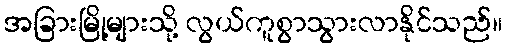
အခြားမြို့များသို့ လွယ်ကူစွာသွားလာနိုင်သည်။